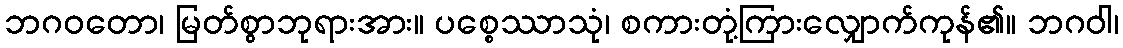
ဘဂဝတော၊ မြတ်စွာဘုရားအား။ ပစ္စေဿာသုံ၊ စကားတုံ့ကြားလျှောက်ကုန်၏။ ဘဂဝါ၊